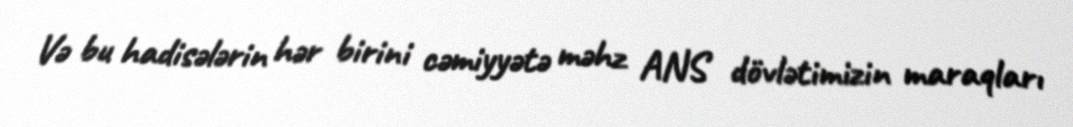
Və bu hadisələrin hər birini cəmiyyətə məhz ANS dövlətimizin maraqları